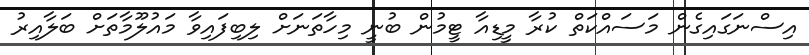
އިސްނަގައިގެން މަސައްކަތް ކުރާ މީޑިއާ ޓީމުން ބުނީ މިހާތަނަށް ލިބިފައިވާ މައުލޫމާތަށް ބަލާއިރު